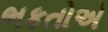
ભકતોએ